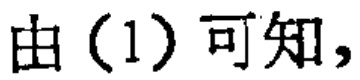
由（1）可知，